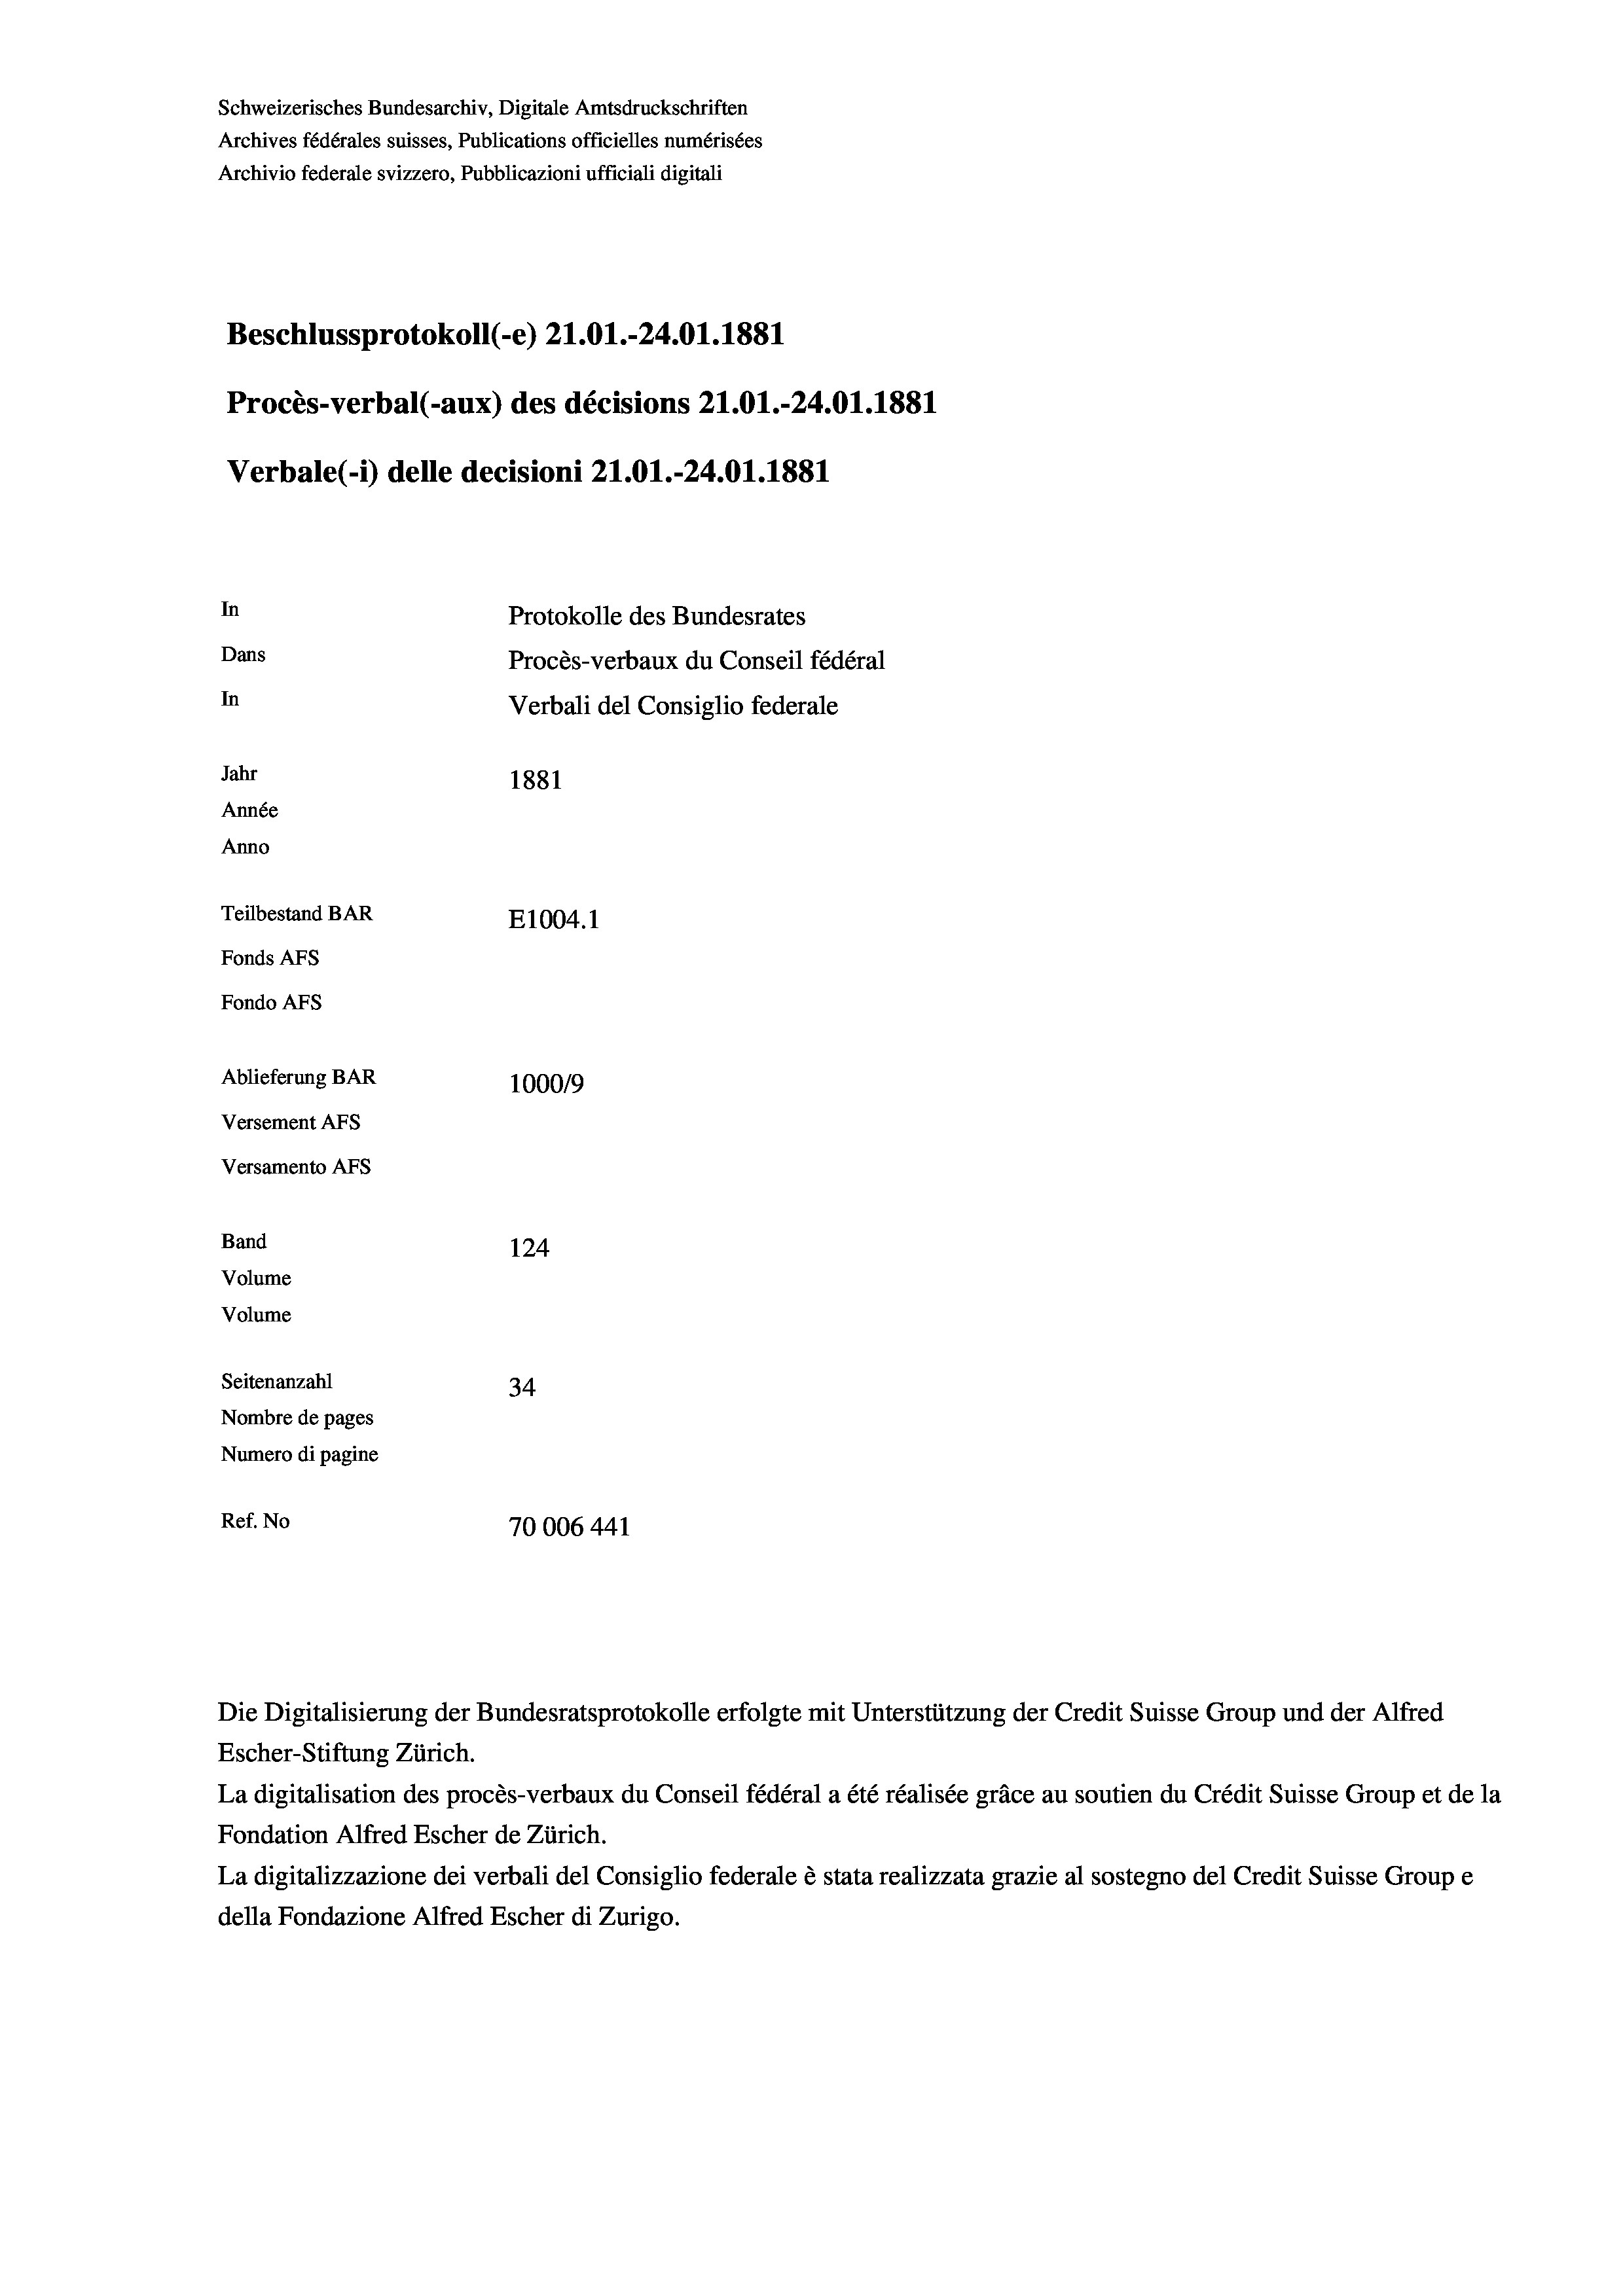
Schweizerisches Bundesarchiv, Digitale Amtsdruckschriften
Archives fédérales suisses, Publications officielles numérisées
Archivio federale svizzero, Pubblicazioni ufficiali digitali
Beschlussprotokoll (-e) Z1.01.-24.01. 1881
Procès-verbal (-aux) des décisions 21.01.-24.01.1881
Verbale (1) delle decisioni 21.O1.-24.01.1881
In
Protokolle des Bundesrates
Dans
Procès-verbaux du Conseil fédéral
In
Verbali del Consiglio federale
Jahr
1881
Année
Anno
Teilbestand BAR
E1004. 1
Fonds AFs
Fondo Afs
Ablieferung BAR
100019
Versement AFs
Versamento Afs
Band
124
Volume
Volume
Seitenanzahl
34
Nombre de pages
Numero di pagine
Ref. No
70006 441

Escher-Stiftung Zürich.
La digitalisation des procès-verbaux du Conseil fédéral a été réalisée gräce au soutien du Crédit Suisse Group et de la
Fondation Alfred Escher de Zürich.
La digitalizzazione dei verbali del Consiglio federale è stata realizzata grazie al sostegno del Credit Suisse Groupe
della Fondazione Alfred Escher di Zurigo.

Die Digitalisierung der Bundesratsprotokolle erfolgte mit Unterstützung der Credit Suisse Group und der Alfred